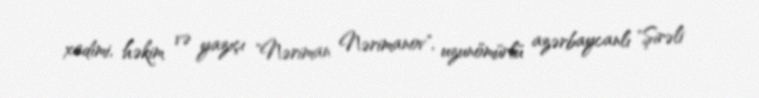
xadimi, həkim və yazıçı "Nəriman Nərimanov", uzunömürlü azərbaycanlı "Şirəli